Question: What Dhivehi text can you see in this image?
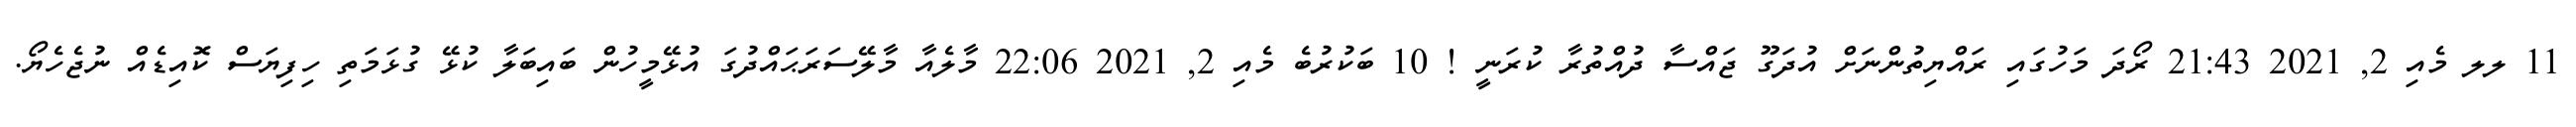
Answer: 11 ލލ މެއި 2, 2021 21:43 ރޯދަ މަހުގައި ރައްޔިތުންނަށް އުދަގޫ ޖައްސާ ދުއްތުރާ ކުރަނީ ! 10 ބަކުރުބެ މެއި 2, 2021 22:06 މާލެއާ މާލޭސަރަޙައްދުގަ އުޅޭމީހުން ބައިބަލާ ކުޅޭ ގުޅަމަތި ހިފިޔަސް ކޮއިޑެއް ނުޖެހެޔޯ.